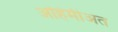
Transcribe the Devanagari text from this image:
अहिमीअत